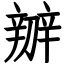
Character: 辧